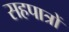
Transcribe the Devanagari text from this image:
सहपात्रों